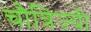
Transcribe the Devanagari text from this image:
चौत्रिज्यी